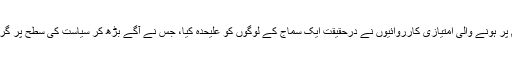
”اسلامی ثقافت“کے نام پر ہونے والی امتیازی کارروائیوں نے درحقیقت ایک سماج کے لوگوں کو علیحدہ کیا، جس نے آگے بڑھ کر سیاست کی سطح پر گروہ بندی کاوطیرہ اپنایا۔